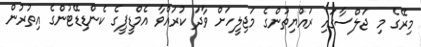
މިރޭގެ މި ޖަލްސާގައި ރައްޔިތުންގެ މަޖިލީހަށް ވާދަ ކުރައްވާ އެމްޑީޕީގެ ކެންޑިޑޭޓުންގެ އިތުރުން